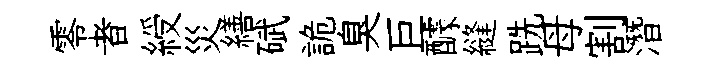
零者綬災繕碔詭臭巨醵縫跣母割潛